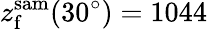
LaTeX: z_{\mathrm{f}}^{\mathrm{sam}}(30^{\circ})=1044